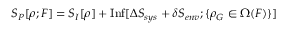
S _ { P } [ \rho ; F ] = S _ { I } [ \rho ] + \mathrm { I n f } [ \Delta S _ { s y s } + \delta S _ { e n v } ; \{ \rho _ { G } \in \Omega ( F ) \} ]